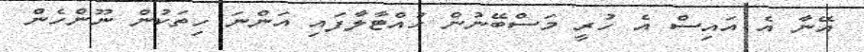
އޭނާ އެ އައިސް އެ ހުރީ މަސްބޭނުން ހުއްޓާލާފައި އަންނަ ހިތަކުން ނޫންހެން